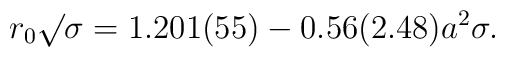
{{r_0}{\surd\sigma}} = 1.201(55) - 0.56(2.48) a^2\sigma .